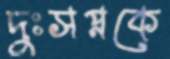
দুঃসপ্নকে